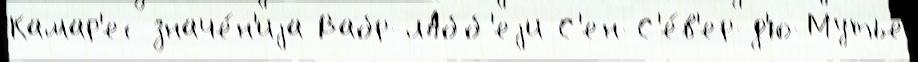
Камар'ес значе́н'иjа Вабр-лАбб'еjи С'ен-С'е́в'ер-д'ю-Мутье